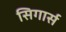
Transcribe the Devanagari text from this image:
सिगार्स